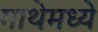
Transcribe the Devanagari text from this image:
गाथेमध्ये